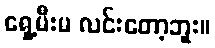
ရှေ့မီးမ လင်းတော့ဘူး။